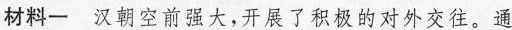
材料一 汉朝空前强大，开展了积极的对外交往。通